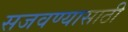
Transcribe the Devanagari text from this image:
सजवण्यासाठी